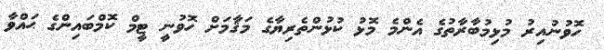
ހޮވުނުއިރު މުޅިމުބާރާތުގެ އެންމެ މޮޅު ކުޅުންތެރިޔާގެ މަޤާމަށް ހޮވުނީ ޓީމް ކޮމްބައިންގެ ޙައްވާ